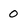
Character: 0